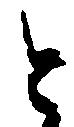
と